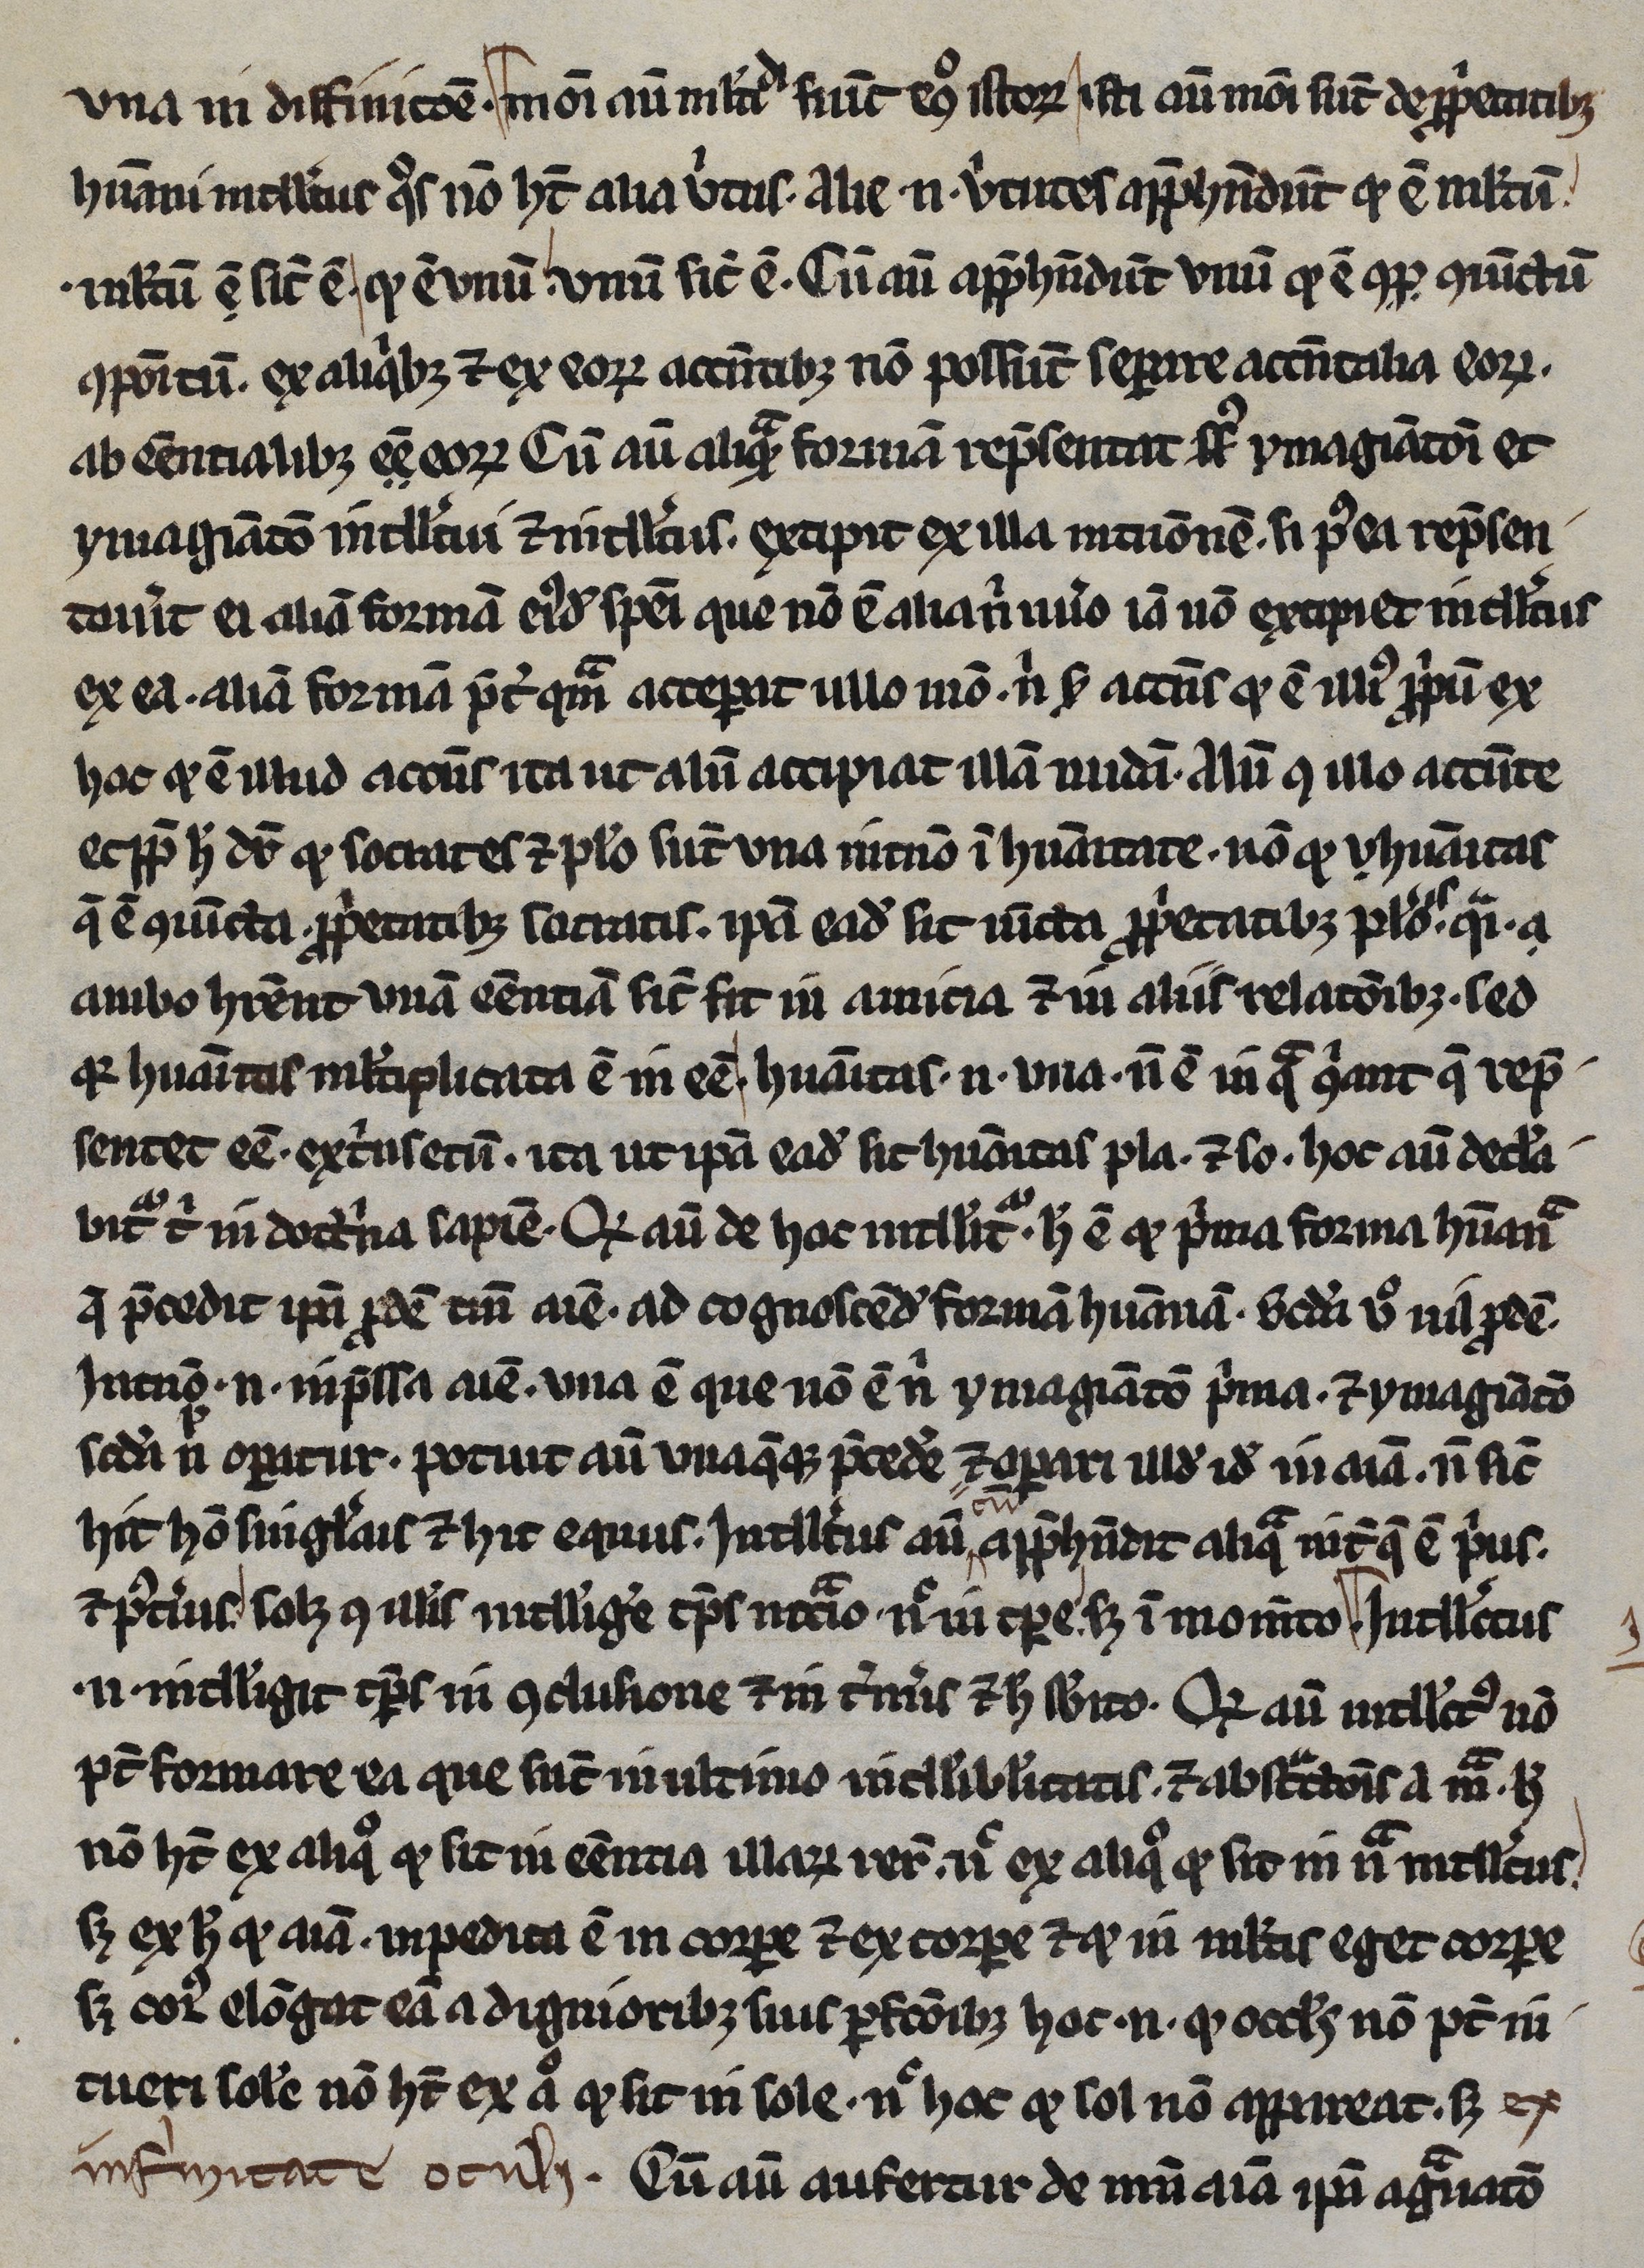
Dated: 1245–1255